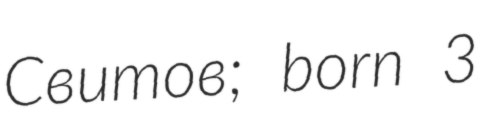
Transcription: Свитов; born 3